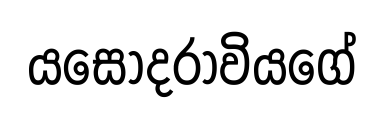
යසෝදරාවියගේ